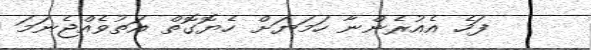
ފަހެ އެއުރެންނާ ހަމަޔަށް ހެޔޮގޮތް އަތުވެއްޖެނަމަ